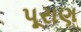
પૂરાણ